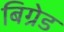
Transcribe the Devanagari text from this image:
बिग्रेड